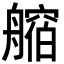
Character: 𦪥